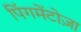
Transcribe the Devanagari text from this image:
पिंगमेंटोज़ा